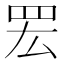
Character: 䍔